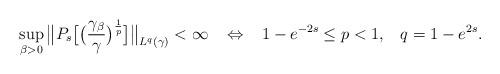
LaTeX: \begin{align*}\sup_{\beta>0}\big\| P_s \big[ \big(\frac{\gamma_\beta}{\gamma}\big)^\frac1p \big] \big\|_{L^q(\gamma)}< \infty \;\;\;\Leftrightarrow\;\;\;1-e^{-2s} \le p < 1,\;\;\; q = 1-e^{2s}.\end{align*}